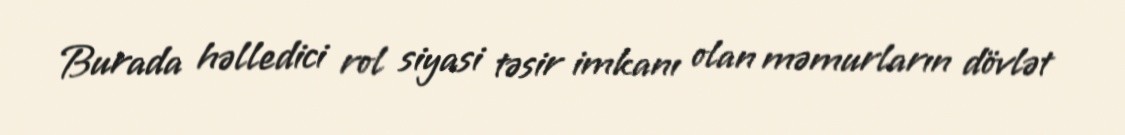
Burada həlledici rol siyasi təsir imkanı olan məmurların dövlət